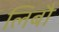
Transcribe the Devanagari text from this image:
लिबौ